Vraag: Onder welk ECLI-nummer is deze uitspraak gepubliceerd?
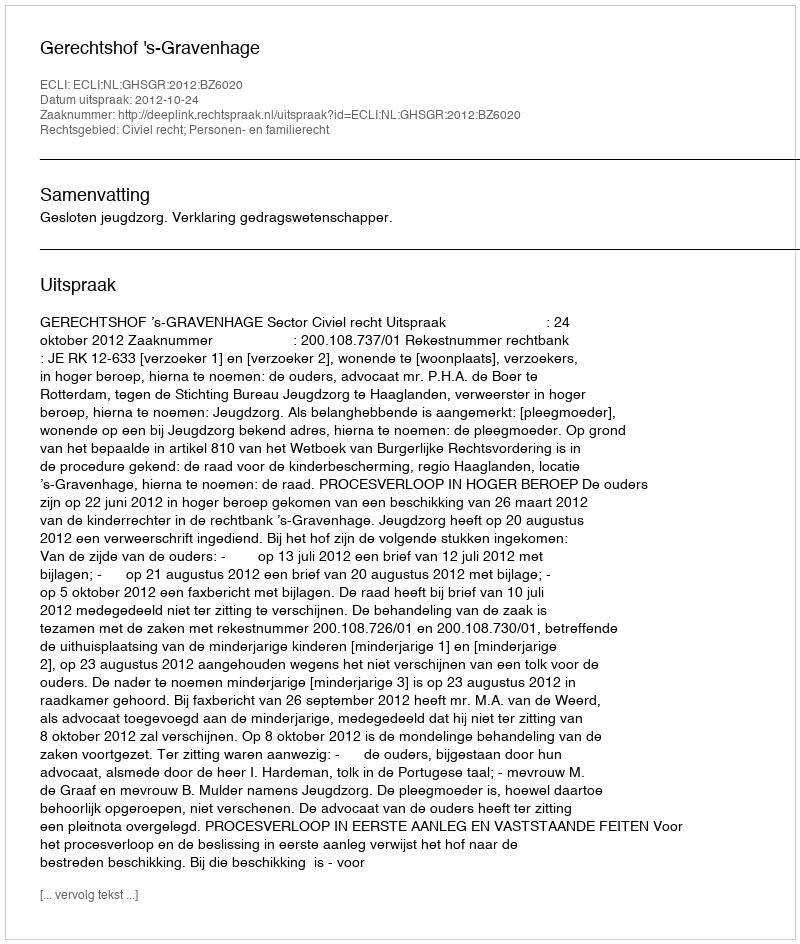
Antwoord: ECLI:NL:GHSGR:2012:BZ6020